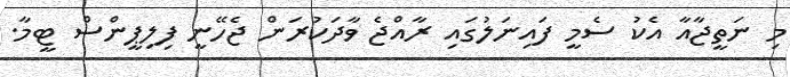
މި ނަތީޖާއާ އެކު ސެމީ ފައިނަލުގައި ރާއްޖެ ވާދަކުރަން ޖެހޭނީ ފިލިޕީންސް ޓީމާ.